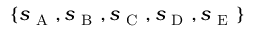
\{ s _ { \mathrm { ~ A ~ } } , s _ { \mathrm { ~ B ~ } } , s _ { \mathrm { ~ C ~ } } , s _ { \mathrm { ~ D ~ } } , s _ { \mathrm { ~ E ~ } } \}